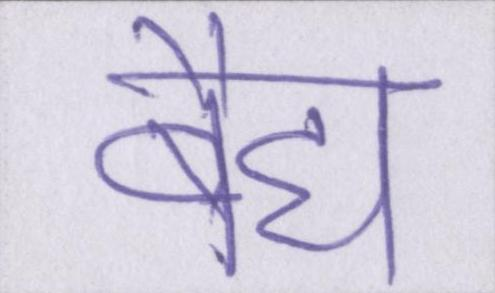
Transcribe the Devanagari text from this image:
बैद्य